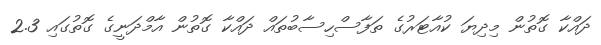
ދައްކާ ގޮތުން މިދިޔަ ކުއާޓަރުގެ ތަފާސްހިސާބުތައް ދައްކާ ގޮތުން އާމްދަނީގެ ގޮތުގައި 2.3